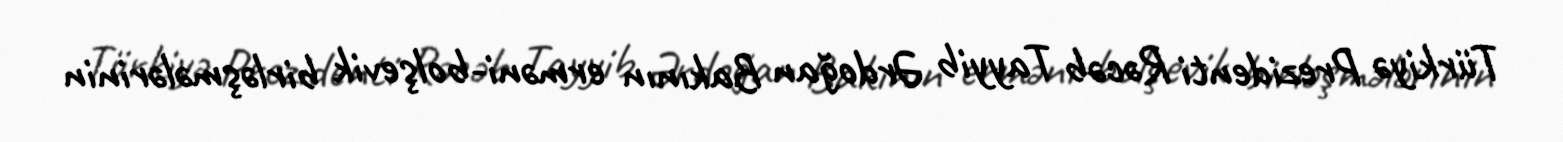
Türkiyə Prezidenti Rəcəb Tayyib Ərdoğan Bakının erməni-bolşevik birləşmələrinin